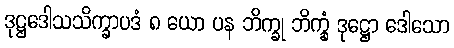
ဒုဋ္ဌဒေါသသိက္ခာပဒံ ၈ ယော ပန ဘိက္ခု ဘိက္ခုံ ဒုဋ္ဌော ဒေါသော